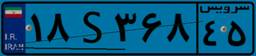
۱۹S۲۲۱۹۱